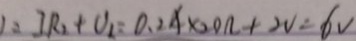
: I R _ { 2 } + U _ { 2 } = 0 . 2 4 \times 2 0 \Omega + 2 V = 6 V